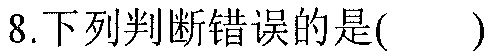
8.下列判断错误的是( )